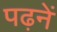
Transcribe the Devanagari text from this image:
पढ़नें